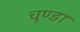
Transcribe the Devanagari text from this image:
चूण्डा